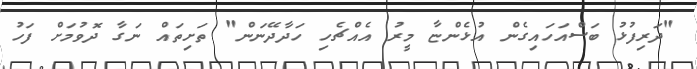
"ދަރިފުޅު ބަސްއަހައިގެން އުޅެންޏާ މީރު އެއްޗެހި ހަދާދޭނަން" ތަށިތައް ނަގާ ދޮވުމަށް ފަހު